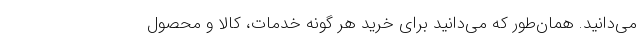
می­‌دانید. همان‌طور که می­‌دانید برای خرید هر گونه خدمات، کالا و محصول